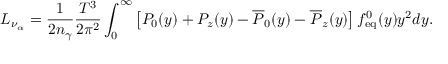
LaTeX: L _ { \nu _ { \alpha } } = \frac { 1 } { 2 n _ { \gamma } } \frac { T ^ { 3 } } { 2 \pi ^ { 2 } } \int _ { 0 } ^ { \infty } \left[ P _ { 0 } ( y ) + P _ { z } ( y ) - \overline { { { P } } } _ { 0 } ( y ) - \overline { { { P } } } _ { z } ( y ) \right] f _ { \mathrm { e q } } ^ { 0 } ( y ) y ^ { 2 } d y .